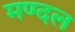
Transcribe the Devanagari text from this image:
मण्दल